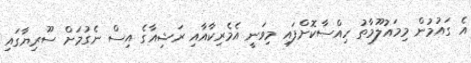
އެ ގައުމުން މިމައުލޫމާތު ހިއްސާކޮށްފައި މިވަނީ އެމެރިކާއާއި ރަޝިއާގެ އިސް ނެގުމަށް ސޫރިޔާގައި